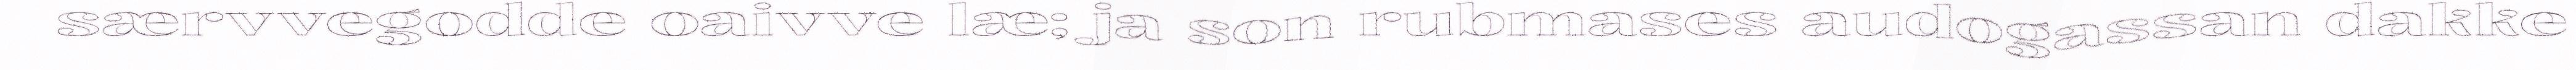
særvvegodde oaivve læ; ja son rubmases audogassan dakke